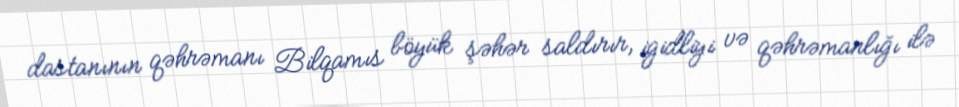
dastanının qəhrəmanı Bilqamıs böyük şəhər saldırır, igidliyi və qəhrəmanlığı ilə